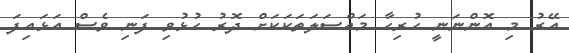
އޭރު މި އޮންނަނީ ހުރިހާ މައްސަލަތަކަކަށް ދޮރު ހުޅުވި ފަނި ވެސް އަޅައިފަ